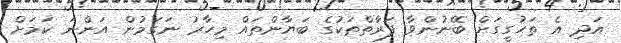
އަދި އެ ތަހުގީގަށް ބޭނުންވާ ފަރާތްތަކުގެ ބަޔާންތައް މިހާރު ނަގަމުން އަންނަ ކަމަށް